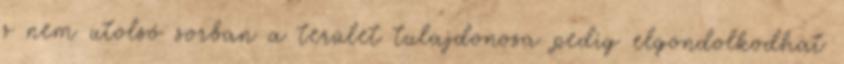
s nem utolsó sorban a terület tulajdonosa pedig elgondolkodhat